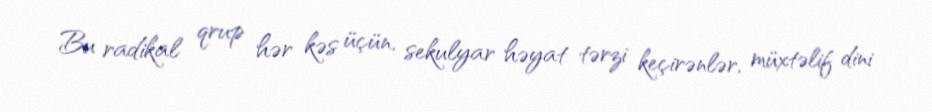
Bu radikal qrup hər kəs üçün, sekulyar həyat tərzi keçirənlər, müxtəlif dini